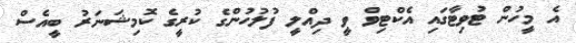
އެ މީހުން ޓުވިޓާގައި އެކްޓިވް ވީ ދިއްލީ ފުލުހުންގެ ކުރީގެ ކޮމިޝަނަރު ބީއެސް